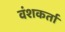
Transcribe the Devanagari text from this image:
वंशकर्ता